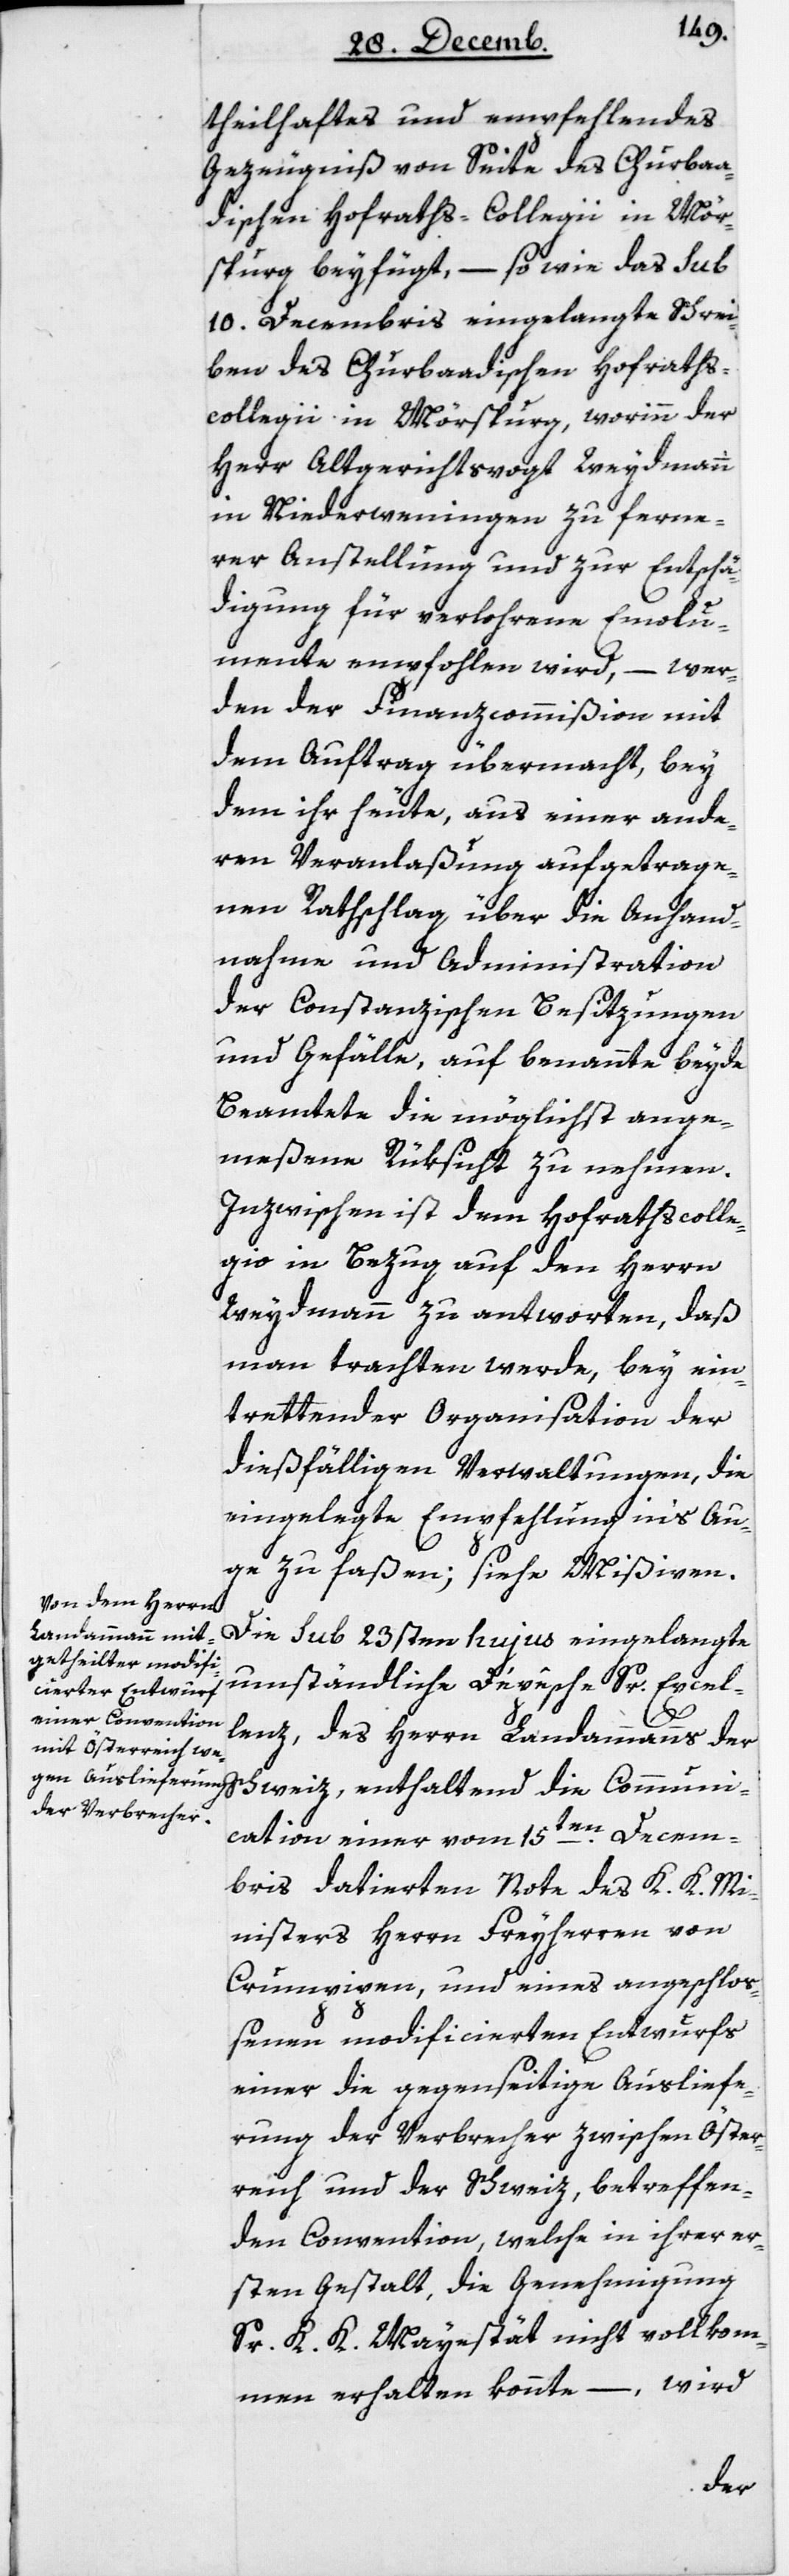
theilhaftes und empfehlendes
Gezeugnis von Seite des Churbaa¬
dischen Hofraths-Collegii in Mör¬
sburg beyfügt, – so wie das Sub
10ten Decembris eingelangte Schrei¬
ben des Churbaadischen Hofrath¬
s-Collegii in Mörsburg, worinn der
Herr alt Gerichtsvogt Weydmann
in Niederwenigen zu ferne¬
rer Anstellung und zur Entschä¬
digung für verlohrene Emolu¬
mente empfohlen wird, – wer¬
den der Finanzcommißion mit
dem Auftrag übermacht, bey
dem ihr heute, aus einer ande¬
ren Veranlaßung aufgetrage¬
nen Rathschlag über die Anhand¬
nahme und Administration
der Constanzischen Besitzungen
und Gefälle, auf benannte beyde
Beamtete die möglichst ange¬
meßene Rüksicht zu nehmen.
Inzwischen ist dem Hofrathscolle¬
gio in Bezug auf den Herrn
Weydmann zu antworten, daß
man trachten werde, bey ein¬
trettender Organisation der
dießfälligen Verwaltungen, die
eingelegte Empfehlung in’s Au¬
ge zu faßen; siehe Mißiven.
Die Sub 23sten hujus eingelangte
umständliche Dépêche Sr Excl¬
lenz, des Herrn Landammanns der
Schweiz, enthaltend die Communi¬
cation einer vom 15ten Decem¬
bris datierten Note des K. K. Mi¬
nisters Herrn Freyherren von
Crumpipen, und eines angeschlo¬
ßenen modificierten Entwurfs
einer die gegenseitige Ausliefe¬
rung der Verbrecher zwischen Öster¬
reich und der Schweiz, betreffen¬
den Convention, welche in ihrer er¬
sten Gestalt, die Genehmigung
Sr K. K. Majestät nicht vollkom¬
men erhalten könnte, – wird